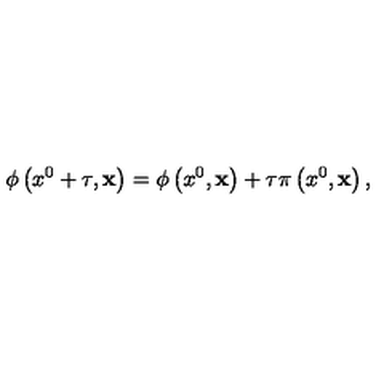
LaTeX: \phi \left( x ^ { 0 } + \tau , { \bf x } \right) = \phi \left( x ^ { 0 } , { \bf x } \right) + \tau \pi \left( x ^ { 0 } , { \bf x } \right) ,